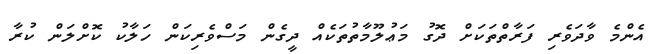
އެންމެ ވާދަވެރި ފަރާތްތަކަށް ދޮގު މަޢުލޫމާތުތަކެއް ދީގެން މަސްވެރިކަން ހަލާކު ކޮށްލަން ކުރާ